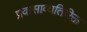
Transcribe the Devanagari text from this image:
प्रवासाव्यतिरिक्त